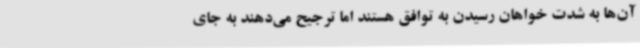
آن‌ها به شدت خواهان رسیدن به توافق هستند اما ترجیح می‌دهند به جای